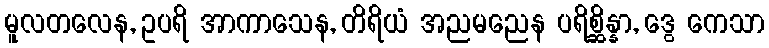
မူလတလေန, ဥပရိ အာကာသေန, တိရိယံ အညမညေန ပရိစ္ဆိန္နာ, ဒွေ ကေသာ